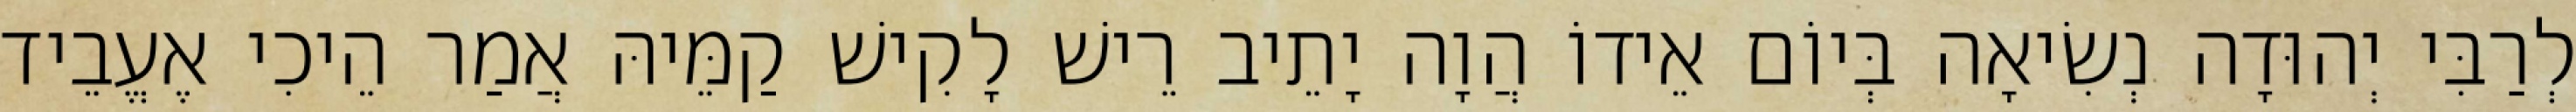
לְרַבִּי יְהוּדָה נְשִׂיאָה בְּיוֹם אֵידוֹ הֲוָה יָתֵיב רֵישׁ לָקִישׁ קַמֵּיהּ אֲמַר הֵיכִי אֶעֱבֵיד